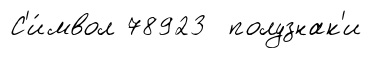
С'и́мвол 78923 полузнак'и